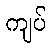
ကျပ်